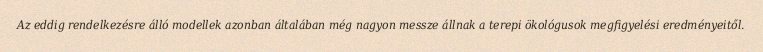
Az eddig rendelkezésre álló modellek azonban általában még nagyon messze állnak a terepi ökológusok megfigyelési eredményeitől.